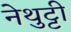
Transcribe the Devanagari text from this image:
नेथुट्टी